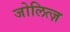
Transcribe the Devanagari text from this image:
जोलित्ज़